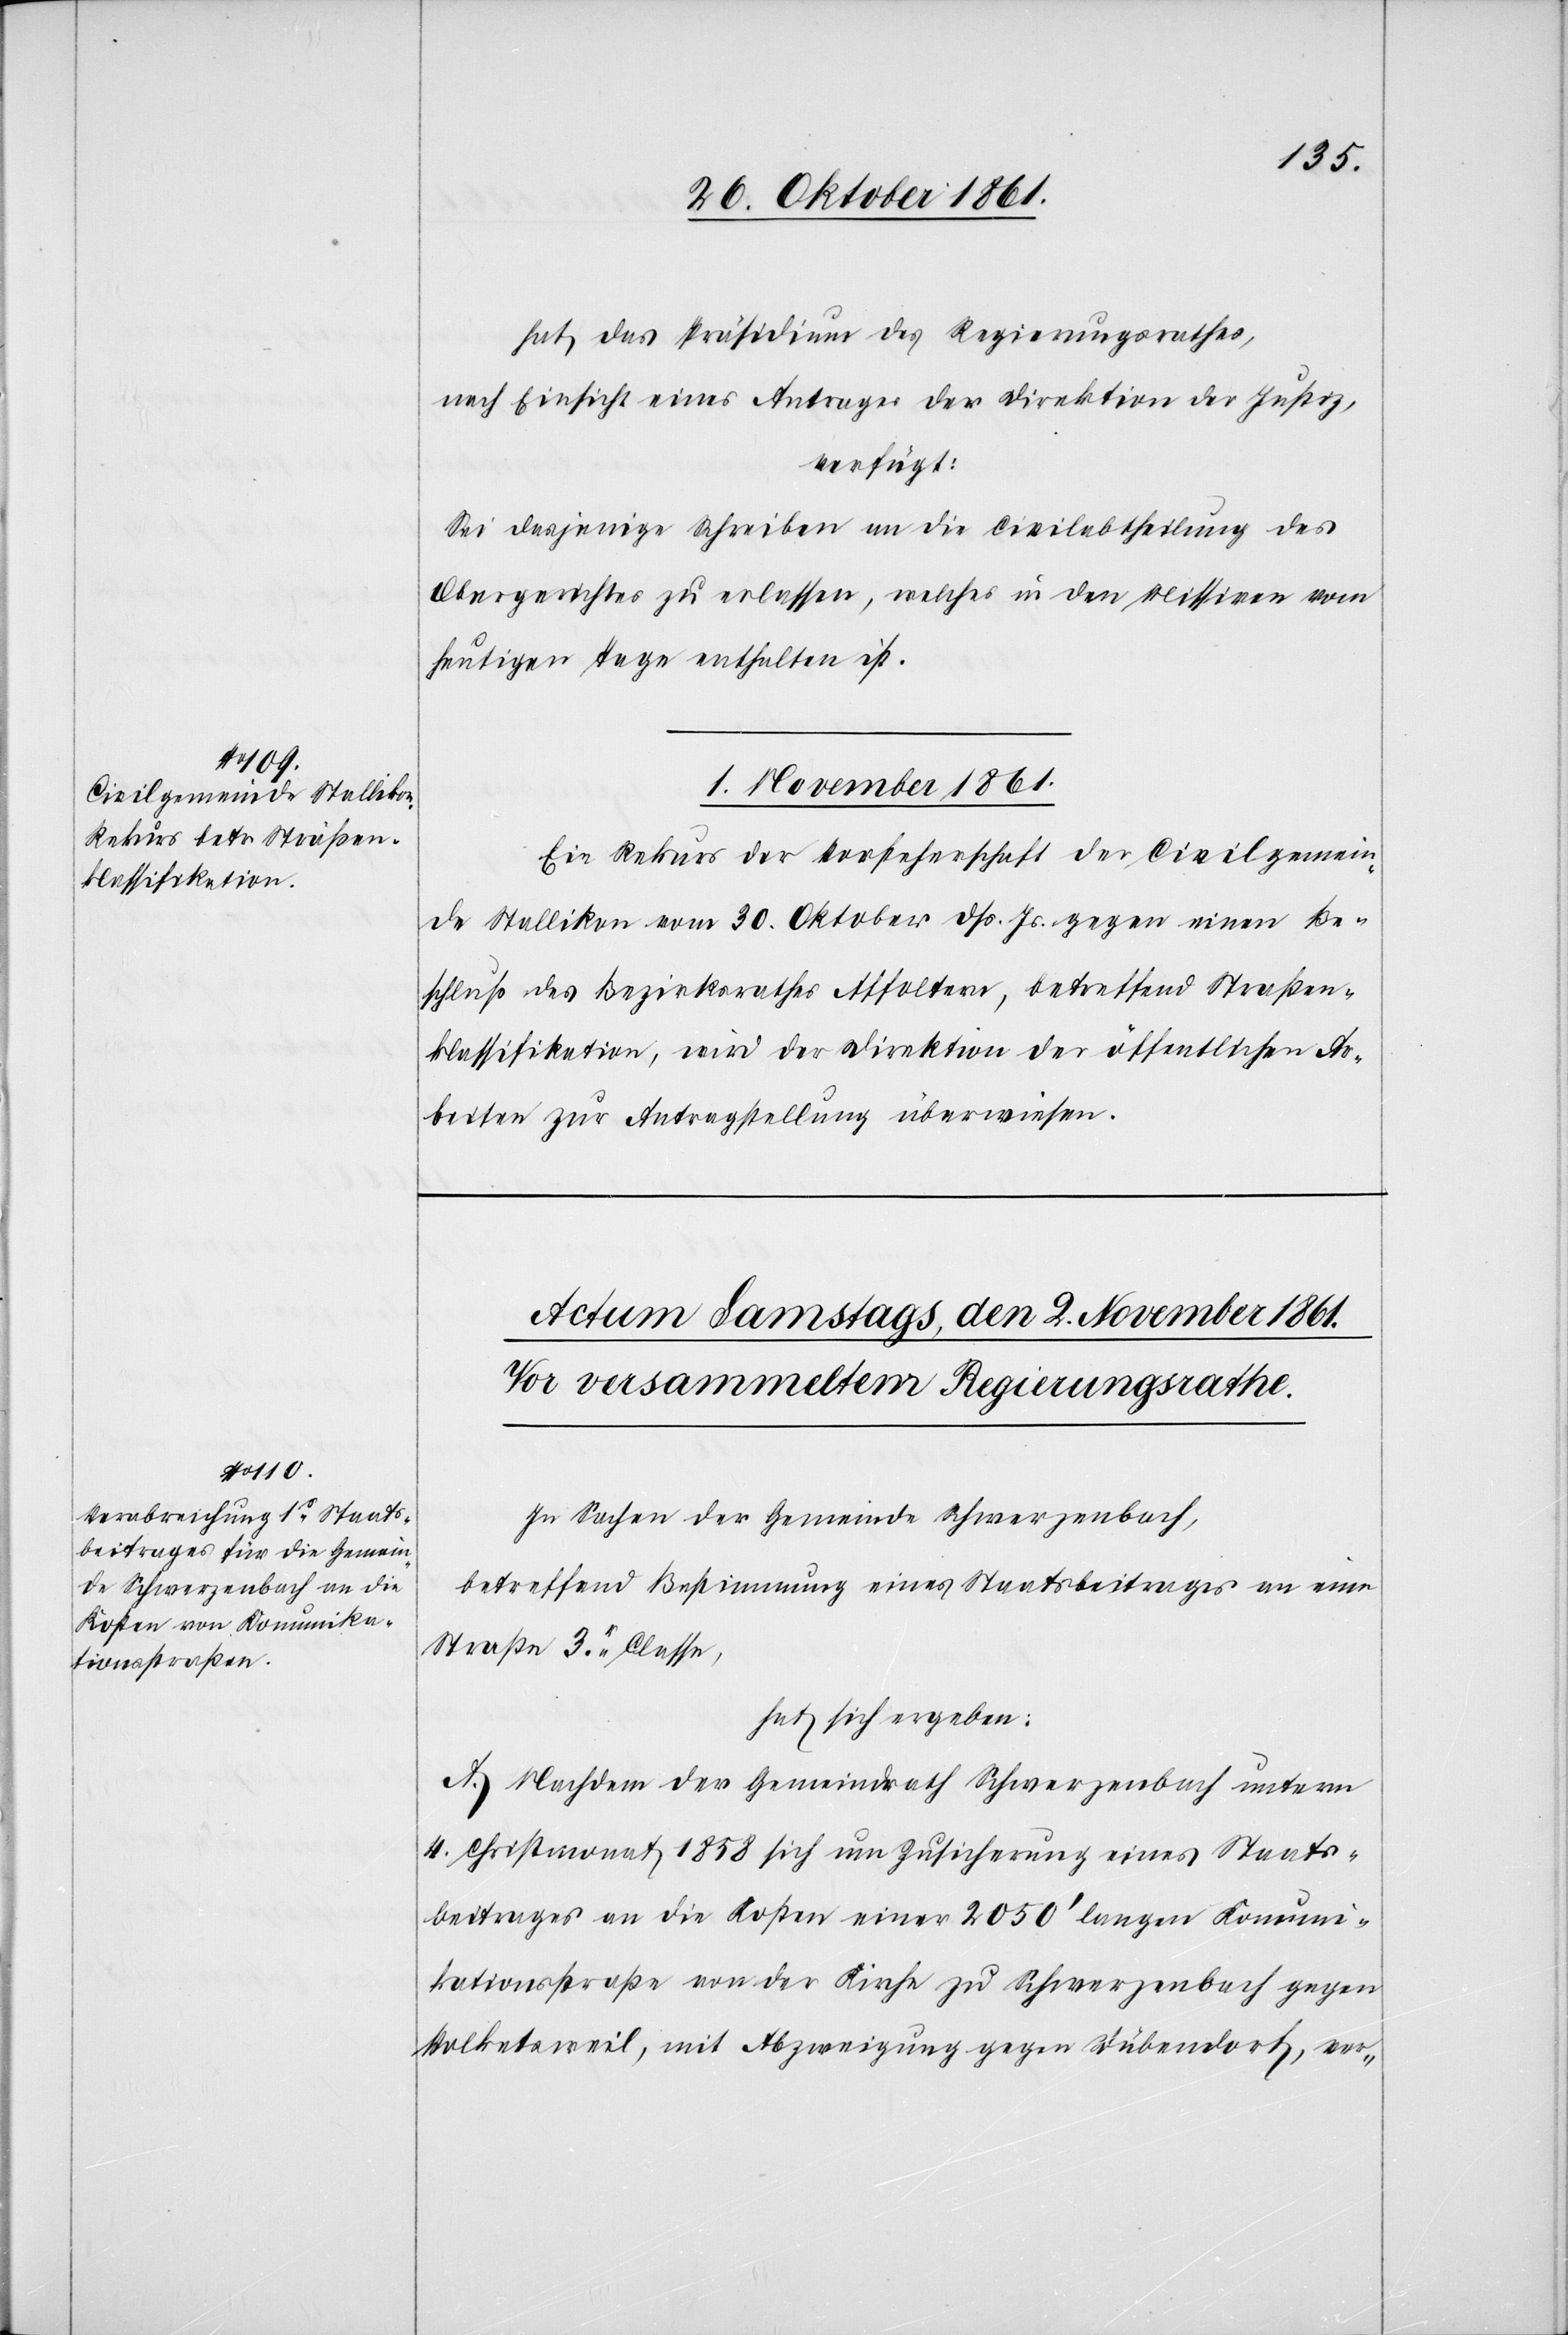
hat das Präsidium des Regierungsrathes,
nach Einsicht eines Antrages der Direktion der Justiz,
verfügt:
Sei dasjenige Schreiben an die Civilabtheilung des
Obergerichtes zu erlassen, welches in den Missiven vom
heutigen Tage enthalten ist.
1 November 1861.
Ein Rekurs der Vorsteherschaft der Civilgemein¬
de Stallikon vom 30 Oktober dß. Js. gegen einen Be¬
schluß des Bezirksrathes Affoltern, betreffend Straßen¬
klassifikation, wird der Direktion der öffentlichen Ar¬
beiten zur Antragstellung überwiesen.
In Sachen der Gemeinde Schwerzenbach,
betreffend Bestimmung eines Staatsbeitrages an eine
Straße 3r Classe,
hat sich ergeben:
A. Nachdem der Gemeindrath Schwerzenbach unterm
4 Christmonat 1858 sich um Zusicherung eines Staats¬
beitrages an die Kosten einer 2050’ langen Kommuni¬
kationsstraße von der Kirche zu Schwerzenbach gegen
Volkentsweil, mit Abzweigung gegen Dübendorf, ver-